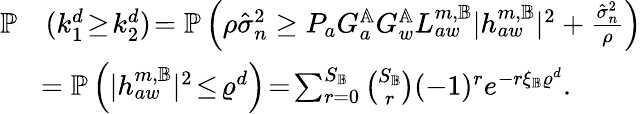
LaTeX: \begin{array}{rl}{\mathbb{P}}&{(k_{1}^{d}\! \geq\! k_{2}^{d})\! =\mathbb{P}\left(\rho\hat{\sigma}_{n}^{2}\geq P_{a}G_{a}^{\mathbb{A}}G_{w}^{\mathbb{A}}L_{aw}^{m,\mathbb{B}}|{h}_{aw}^{m,\mathbb{B}}|^{2}+\frac{\hat{\sigma}_{n}^{2}}{\rho}\right)}\\ &{\! =\mathbb{P}\left(|{h}_{aw}^{m,\mathbb{B}}|^{2}\! \leq\! \varrho^{d}\right)\! =\! \sum_{r=0}^{S_{\mathbb{B}}}\binom{S_{\mathbb{B}}}{r}(-1)^{r}e^{-r\xi_{\mathbb{B}}\varrho^{d}}.}\end{array}